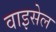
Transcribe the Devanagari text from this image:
वाइसेल